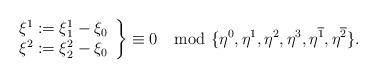
LaTeX: \begin{align*}\left.\begin{array}{l} \xi^1:=\xi^1_1-\xi_0\\ \xi^2:=\xi^2_2-\xi_0\end{array}\right\}\equiv0\mod\{\eta^0,\eta^1,\eta^2,\eta^3,\eta^{\overline{1}},\eta^{\overline{2}}\}.\end{align*}